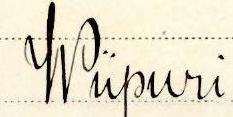
Wiipuri